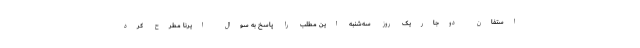
استفان دوجاریک روز سه‌شنبه این مطلب را پاسخ به سوال ایرنا مطرح کرد